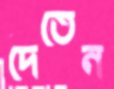
দেতেন